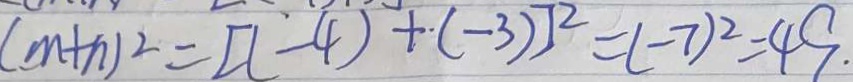
( m + n ) ^ { 2 } = [ ( - 4 ) + ( - 3 ) ] ^ { 2 } = ( - 7 ) ^ { 2 } = 4 9 .